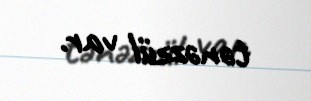
tənəzzül var.